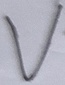
Text: V